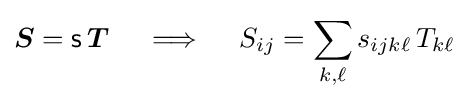
{\boldsymbol {S}}={\mathsf {s}}\,{\boldsymbol {T}}\quad \implies \quad S_{ij}=\sum _{k,\ell }s_{ijk\ell }\,T_{k\ell }\;